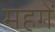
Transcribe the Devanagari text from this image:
महगें